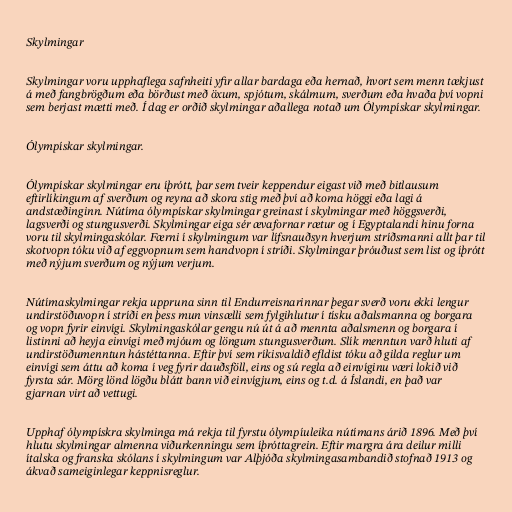
Skylmingar

Skylmingar voru upphaflega safnheiti yfir allar bardaga eða hernað, hvort sem menn tækjust
á með fangbrögðum eða börðust með öxum, spjótum, skálmum, sverðum eða hvaða því vopni
sem berjast mætti með. Í dag er orðið skylmingar aðallega notað um Ólympískar skylmingar.

Ólympískar skylmingar.

Ólympískar skylmingar eru íþrótt, þar sem tveir keppendur eigast við með bitlausum
eftirlíkingum af sverðum og reyna að skora stig með því að koma höggi eða lagi á
andstæðinginn. Nútíma ólympískar skylmingar greinast í skylmingar með höggsverði,
lagsverði og stungusverði. Skylmingar eiga sér ævafornar rætur og í Egyptalandi hinu forna
voru til skylmingaskólar. Færni í skylmingum var lífsnauðsyn hverjum stríðsmanni allt þar til
skotvopn tóku við af eggvopnum sem handvopn í stríði. Skylmingar þróuðust sem list og íþrótt
með nýjum sverðum og nýjum verjum.

Nútímaskylmingar rekja uppruna sinn til Endurreisnarinnar þegar sverð voru ekki lengur
undirstöðuvopn í stríði en þess mun vinsælli sem fylgihlutur í tísku aðalsmanna og borgara
og vopn fyrir einvígi. Skylmingaskólar gengu nú út á að mennta aðalsmenn og borgara í
listinni að heyja einvígi með mjóum og löngum stungusverðum. Slík menntun varð hluti af
undirstöðumenntun hástéttanna. Eftir því sem ríkisvaldið efldist tóku að gilda reglur um
einvígi sem áttu að koma í veg fyrir dauðsföll, eins og sú regla að einvíginu væri lokið við
fyrsta sár. Mörg lönd lögðu blátt bann við einvígjum, eins og t.d. á Íslandi, en það var
gjarnan virt að vettugi.

Upphaf ólympískra skylminga má rekja til fyrstu ólympíuleika nútímans árið 1896. Með því
hlutu skylmingar almenna viðurkenningu sem íþróttagrein. Eftir margra ára deilur milli
ítalska og franska skólans í skylmingum var Alþjóða skylmingasambandið stofnað 1913 og
ákvað sameiginlegar keppnisreglur.